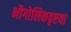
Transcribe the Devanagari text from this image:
भौगोलिकदृष्टया